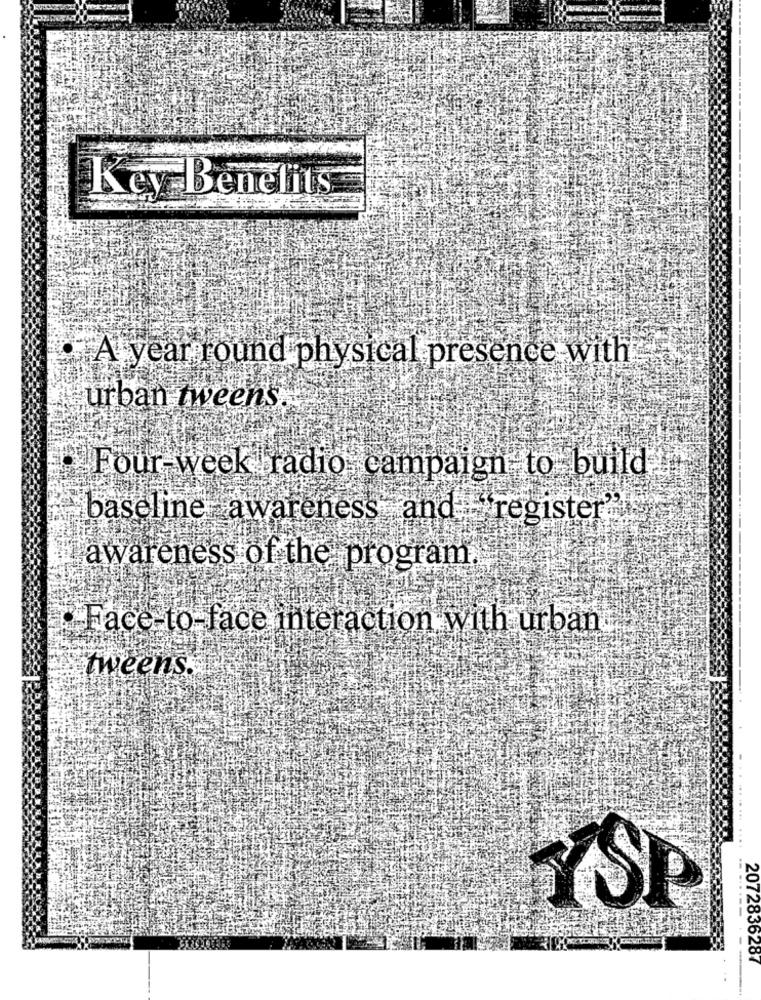
Key Benefits
A year round physical presence with
urban tweens
Four-week radio campaign to build
baseline awareness and -register ??!
awareness of the program.
Face-to-face interaction with urban
tweens.
...... ... ....
YSP
2072836287